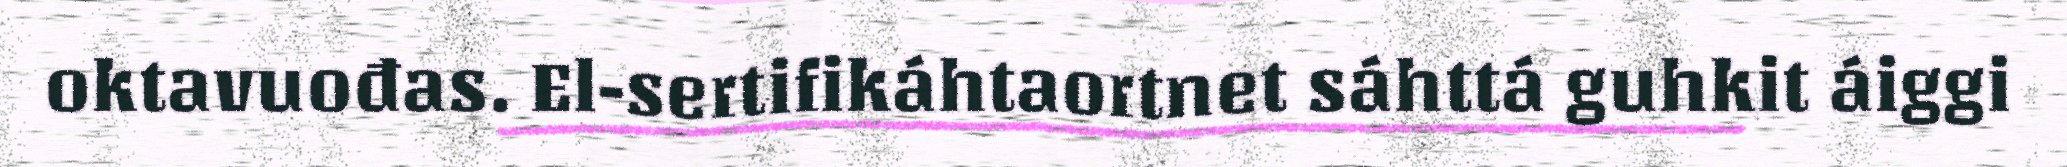
oktavuođas. El-sertifikáhtaortnet sáhttá guhkit áiggi